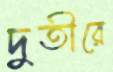
দুতীরে